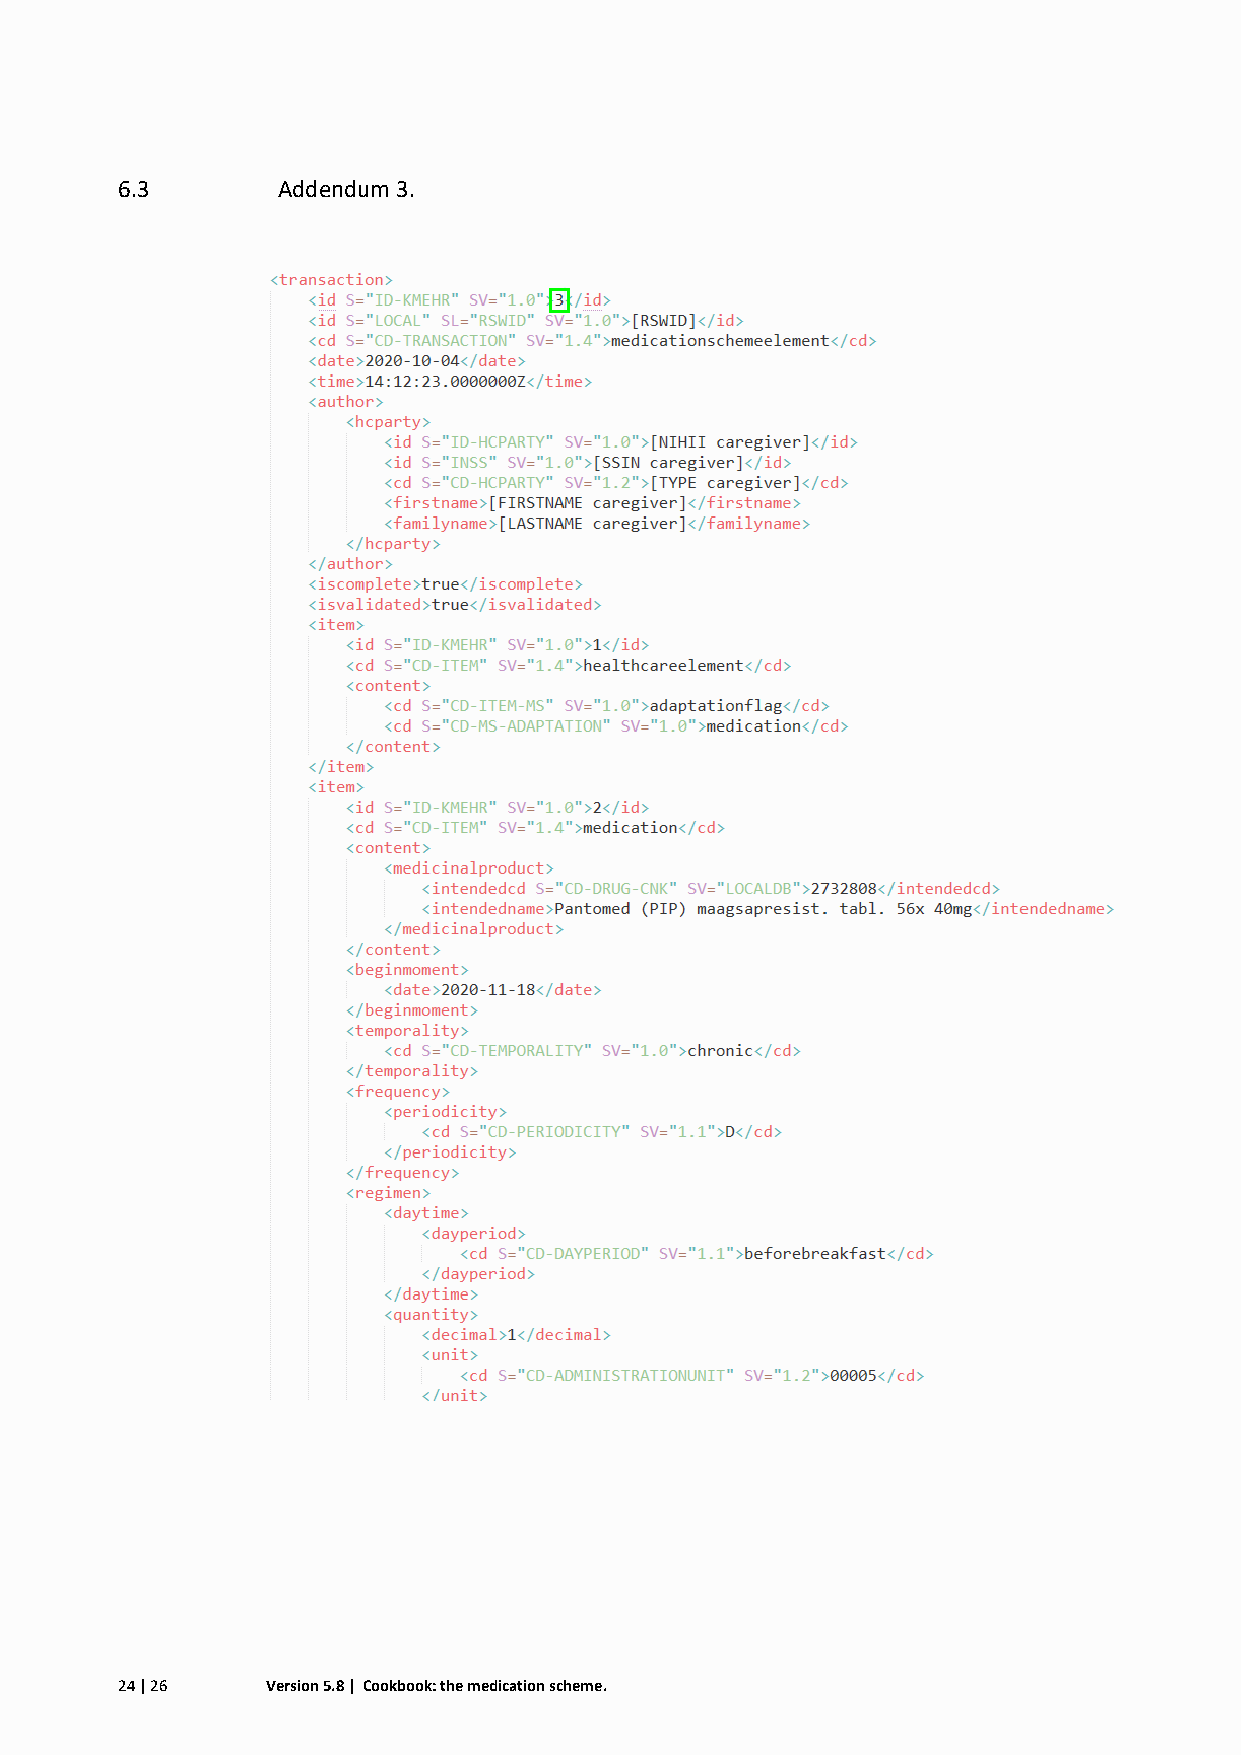
6.3       Addendum 3.
 24 | 26   Version 5.8 | Cookbook: the medication scheme.